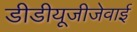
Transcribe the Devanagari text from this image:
डीडीयूजीजेवाई